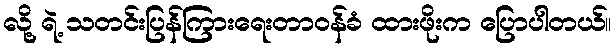
လို့ ရဲ့ သတင်းပြန်ကြားရေးတာဝန်ခံ ထားဖိုးက ပြောပါတယ်။